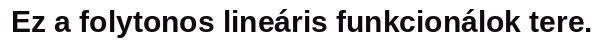
Ez a folytonos lineáris funkcionálok tere.